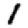
Digit: 1